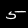
Label: 5